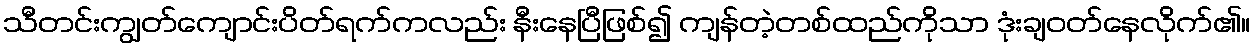
သီတင်းကျွတ်ကျောင်းပိတ်ရက်ကလည်း နီးနေပြီဖြစ်၍ ကျန်တဲ့တစ်ထည်ကိုသာ ဒုံးချဝတ်နေလိုက်၏။